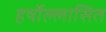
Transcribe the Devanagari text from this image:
हर्षोल्लासित